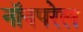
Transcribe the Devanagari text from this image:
नॉनपरेल